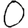
Digit: 0